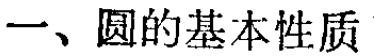
一、圆的基本性质